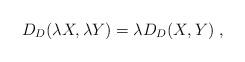
LaTeX: \begin{align*}D_D(\lambda X,\lambda Y) = \lambda D_D(X,Y)\ ,\end{align*}